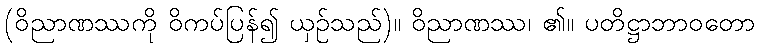
(ဝိညာဏဿကို ဝိကပ်ပြန်၍ ယှဉ်သည်)။ ဝိညာဏဿ၊ ၏။ ပတိဋ္ဌာဘာဝတော